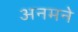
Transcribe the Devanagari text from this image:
अनमने